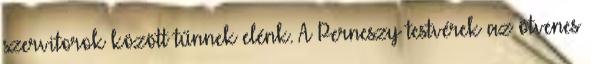
szervitorok között tűnnek elénk. A Perneszy testvérek az ötvenes